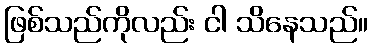
ဖြစ်သည်ကိုလည်း ငါ သိနေသည်။